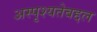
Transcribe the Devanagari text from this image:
अस्पृश्यतेबद्दल